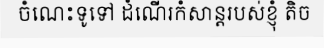
ចំណេះទូទៅ ដំណើរកំសាន្តរបស់ខ្ញុំ តិច